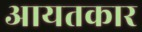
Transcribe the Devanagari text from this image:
आयतकार